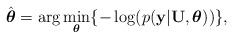
\begin{align*}\hat{\boldsymbol{\theta}} & =\arg\underset{\boldsymbol{\theta}}{\min}\{-\log(p(\mathbf{y}\vert\mathbf{U},\boldsymbol{\theta}))\},\end{align*}